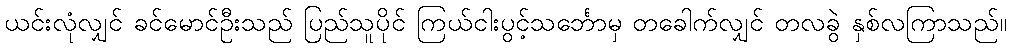
ယင်းလုံလျှင် ခင်မောင်ဦးသည် ပြည်သူပိုင် ကြယ်ငါးပွင့်သင်္ဘောမှ တခေါက်လျှင် တလခွဲ နှစ်လကြာသည်။